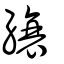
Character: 縗